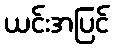
ယင်းအပြင်